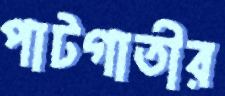
পাটগাতীর